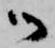
御